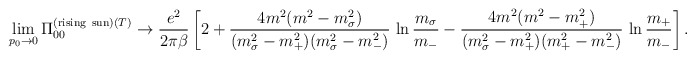
\begin{align*}\lim_{p_0 \rightarrow 0} \Pi_{00}^{({\rm rising\ sun})(T)}\rightarrow \frac{e^2}{2 \pi \beta}\left[2 + \frac{4 m^2 (m^2 -m_{\sigma}^2)}{ (m_{\sigma}^2 - m_+^2) (m_{\sigma}^2 - m_-^2)}\,\ln \frac{m_{\sigma}}{m_-} - \frac{4 m^2 (m^2 -m_+^2)}{(m_{\sigma}^2 - m_+^2)(m_+^2 - m_-^2)}\,\ln \frac{m_+}{m_-} \right].\end{align*}